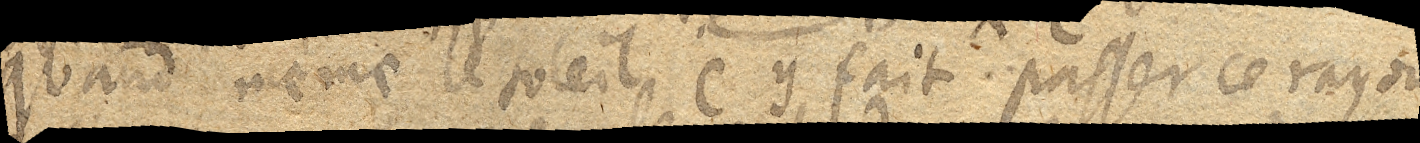
quand même le soleil C. y fait passer ce rayon